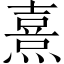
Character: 熹